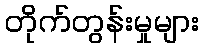
တိုက်တွန်းမှုများ